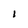
Character: l